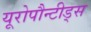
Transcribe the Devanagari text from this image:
यूरोपौन्टीड्स